Tezpur Lunatic Asylum reports 1895-1904 - 1895-1904
Year: 1895
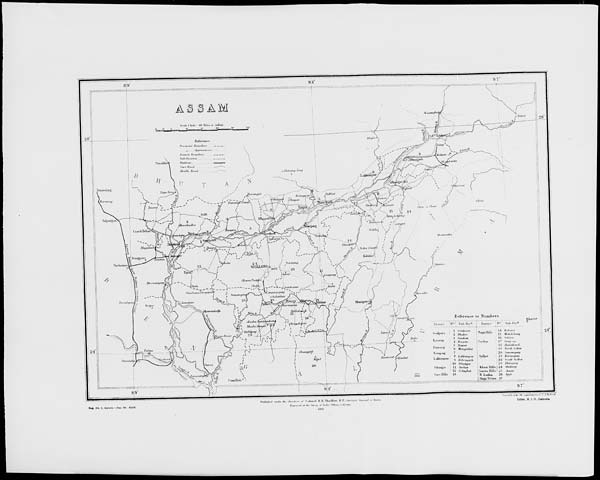
28
Bliom"
ti .Mtltiifiiujiii
Nowgullg
7
....
B i'lhiitminif
l.uUiiluplll"
,. „.,
'
■ I llilH-ttt/ttrlt
, Hi Silmatftu-
Sibiagnr
U JorluU,
Gam Mills
19
DiMrioi : N"! Sub-Div*
H «To/ii»ui
15 ItakoMitmg
IH .ViloAdi'
IB Wiilakamb
10 Kbr/A Sj-uix
'2(1 SuiHwigaty
'2 I Km tiHt/tuii
J - J \.in/A S'vWiW
'J.'l llaiiuimil
Klw.sl Hills) 24 ShiUonf,
|Jaintia Hills I 26 -Win.
N. liUsluu
26 -tya/
Naga.Tribes JJ7
Svllii-i
ItoS No. 3, issuru -Jarj. 90. -6,000.
l'ubl..kr.l wufcrlAa ././.«i.
/' c„l„,„.| ||. |\ .I'hlliUil-l', K.K. ...„•,,.>.»■ Um/rul vtindui
Rii/jra**! ■>' '/'.' .Wvip al'liulia t'lti..*,/../...<*..
Litho. , a. I. o., Okioutu